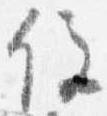
住